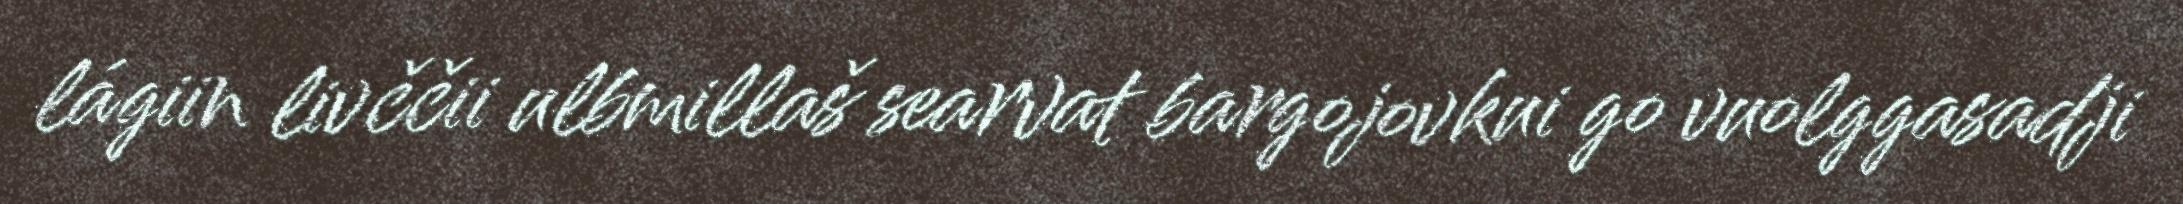
lágiin livččii ulbmillaš searvat bargojovkui go vuolggasadji